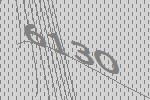
6130